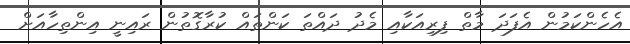
އެހެންކަމުން އެފަދަ މާތް ފިރިއަކާއި މެދު ދައްތަ ކަންތައް ކުރާގޮތުން ރައިނީ އިންތިހާއަށް